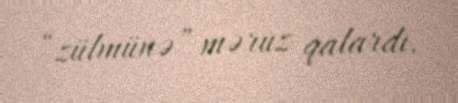
“zülmünə” məruz qalardı.